Medical and sanitary report on the native army of Bombay for the year
Year: 1877
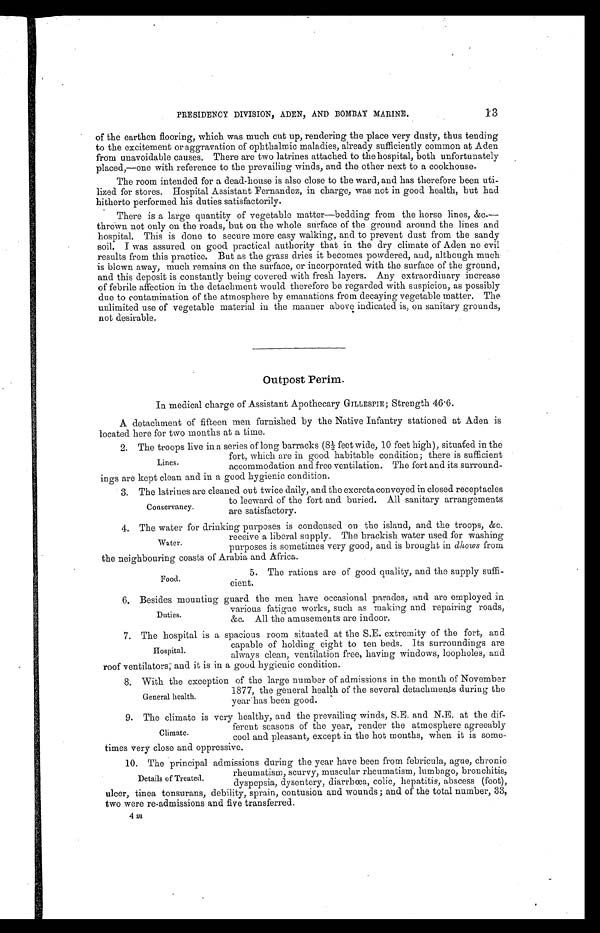
13
PRESIDENCY DIVISION, ADEN, AND BOMBAY MARINE.
of the earthen flooring, which was much cut up, rendering the place very dusty, thus tending
to the excitement or aggravation of ophthalmic maladies, already sufficiently common at Aden
from unavoidable causes. There are two latrines attached to the hospital, both unfortunately
placed,—one with reference to the prevailing winds, and the other next to a cookhouse.
The room intended for a dead-house is also close to the ward, and has therefore been uti
-
lized for stores. Hospital Assistant Fernandez, in charge, was not in good health, but had
hitherto performed his duties satisfactorily.
There is a large quantity of vegetable matter—bedding from the horse lines, &c.—
thrown not only on the roads, but on the whole surface of the ground around the lines and
hospital. This is done to secure more easy walking, and to prevent dust from the sandy
soil. I was assured on good practical authority that in the dry climate of Aden no evil
results from this practice. But as the grass dries it becomes powdered, and, although much
is blown away, much remains on the surface, or incorporated with the surface of the ground,
and this deposit is constantly being covered with fresh layers. Any extraordinary increase
of febrile affection in the detachment would therefore be regarded with suspicion, as possibly
due to contamination of the atmosphere by emanations from decaying vegetable matter. The
unlimited use of vegetable material in the manner above indicated is, on sanitary grounds,
not desirable.
Outpost Perim.
In medical charge of Assistant Apothecary GILLESPIE ; Strength 46.6.
A detachment of fifteen men furnished by the Native Infantry stationed at Aden is
located here for two months at a time.
2. The troops live in a series of long barracks (8½ feet wide, 10 feet high), situated in the
fort, which are in good habitable condition; there is sufficient
accommodation and free ventilation. The fort and its surround
-
ings are kept clean and in a good hygienic condition.
3 . T h e l a t r i n e s a r e c l e a n e d o u t t w i c e d a i l y , a n d t h e e x c r e t a c o n v e y e d i n c l o s e d r e c e p t a c l e s
to leeward of the fort and buried. All sanitary arrangements
are satisfactory.
4. The water for drinking purposes is condensed on the island, and the troops, &c.
receive a liberal supply. The brackish water used for washing
purposes is sometimes very good, and is brought in dhows from
the neighbouring coasts of Arabia and Africa.
5. The rations are of good quality, and the supply suffi
-
cient.
6 . B e s i d e s m o u n t i n g g u a r d t h e m e n h a v e o c c a s i o n a l p a r a d e s , a n d a r e e m p l o y e d i n
various fatigue works, such as making and repairing roads,
&c. All the amusements are indoor.
7. The hospital is a spacious room situated at the S.E. extremity of the fort, and
capable of holding eight to ten beds. Its surroundings are
always clean, ventilation free, having windows, loopholes, and
roof ventilators; and it is in a good hygienic condition.
8 . W i t h t h e e x c e p t i o n o f t h el
a r g e
n u m b e r o f a d m i s s i o n s i n t h e m o n t h o f N o v e m b e r
1877, the general health of the several detachments during the
year has been good.
9. The climate is very healthy, and the prevailing winds, S.E. and N.E. at the dif
-
ferent seasons of the year, render the atmosphere agreeably
cool and pleasant, except in the hot months, when it is some
-
times very close and oppressive.
10. The principal admissions during the year have been from febricula, ague, chronic
rheumatism, scurvy, muscular rheumatism, lumbago, bronchitis,
dyspepsia, dysentery, diarrhœa, colic, hepatitis, abscess (foot),
ulcer, tinea tonsurans, debility, sprain, contusion and wounds; and of the total number, 33,
two were re.admissions and five transferred.
Lines.
Conservancy.
Water.
Food.
Duties.
Hospital.
General health.
Climate.
Details of Treated.
4 m